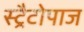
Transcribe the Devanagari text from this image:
स्ट्रैटोपाज